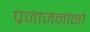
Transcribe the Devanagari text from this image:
प्रजाजनांनो